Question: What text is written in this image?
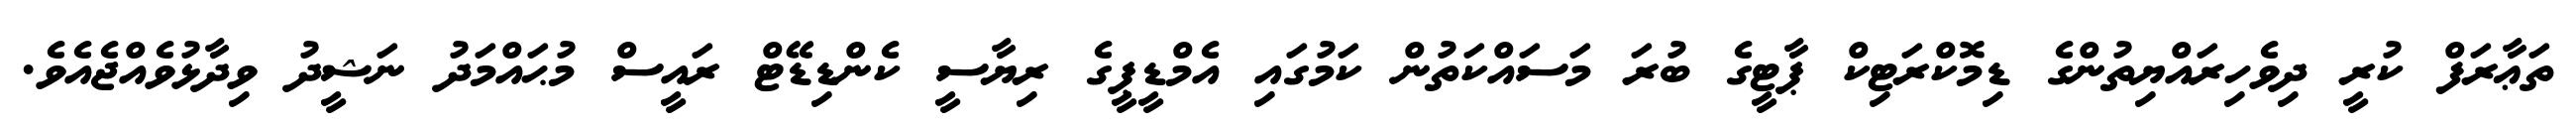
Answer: ތަޢާރަފް ކުރީ ދިވެހިރައްޔިތުންގެ ޑިމޮކްރަޓިކް ޕާޓީގެ ބުރަ މަސައްކަތުން ކަމުގައި އެމްޑީޕީގެ ރިޔާސީ ކެންޑިޑޭޓް ރައީސް މުޙައްމަދު ނަޝީދު ވިދާޅުވެއްޖެއެވެ.